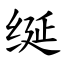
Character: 𫄧